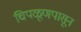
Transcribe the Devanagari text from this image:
चिपळूणपासून